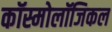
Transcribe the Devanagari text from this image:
कॉस्मोलॉजिकल